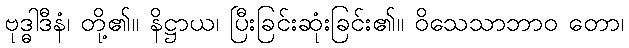
ဗုဒ္ဓါဒီနံ၊ တို့၏။ နိဋ္ဌာယ၊ ပြီးခြင်းဆုံးခြင်း၏။ ဝိသေသာဘာဝ တော၊